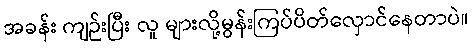
အခန်း ကျဉ်းပြီး လူ များလို့မွန်းကြပ်ပိတ်လှောင်နေတာပဲ။